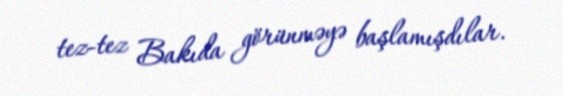
tez-tez Bakıda görünməyə başlamışdılar.